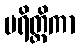
ပရိတ္တိကာ